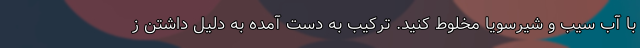
با آب سیب و شیرسویا مخلوط کنید. ترکیب به دست آمده به دلیل داشتن ز